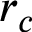
r _ { c }